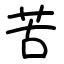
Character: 苦